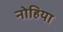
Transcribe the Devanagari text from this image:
नोहिया